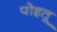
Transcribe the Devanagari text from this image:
पोइतू